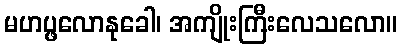
မဟပ္ဖလောနုခေါ၊ အကျိုးကြီးလေသလော။